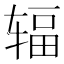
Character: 辐